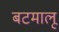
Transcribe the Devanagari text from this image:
बटमालू